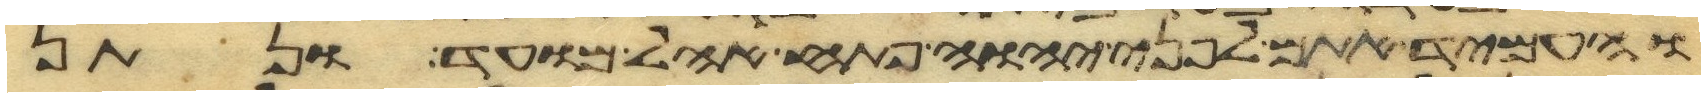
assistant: והעמיד אתם לפני יהוה פתח אהל מועד ונתן